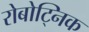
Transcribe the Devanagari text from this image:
रोबोट्निक